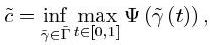
\[
\tilde{c}=\inf_{\tilde{\gamma}\in\Gamma}\max_{t\in[0,1]}\Psi(\tilde{\gamma}(t)),
\]